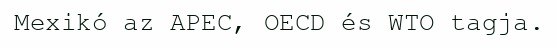
Mexikó az APEC, OECD és WTO tagja.